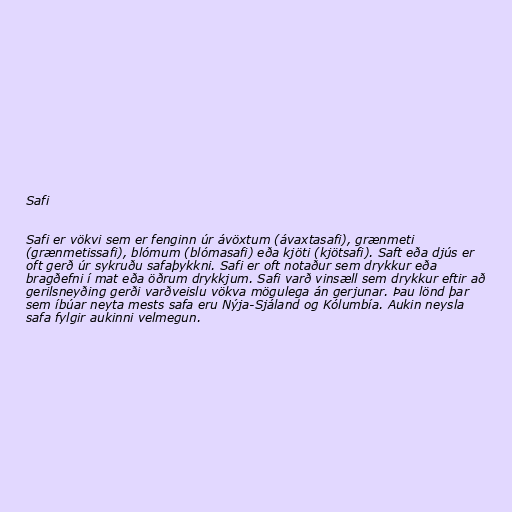
Safi

Safi er vökvi sem er fenginn úr ávöxtum (ávaxtasafi), grænmeti
(grænmetissafi), blómum (blómasafi) eða kjöti (kjötsafi). Saft eða djús er
oft gerð úr sykruðu safaþykkni. Safi er oft notaður sem drykkur eða
bragðefni í mat eða öðrum drykkjum. Safi varð vinsæll sem drykkur eftir að
gerilsneyðing gerði varðveislu vökva mögulega án gerjunar. Þau lönd þar
sem íbúar neyta mests safa eru Nýja-Sjáland og Kólumbía. Aukin neysla
safa fylgir aukinni velmegun.